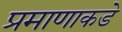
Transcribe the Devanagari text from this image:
प्रमाणाकडे